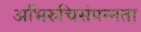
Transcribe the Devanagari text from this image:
अभिरुचिसंपन्नता